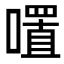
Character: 𭋏